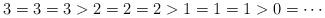
LaTeX: \begin{align*}3 = 3 = 3 > 2 = 2 = 2 > 1 = 1 = 1 > 0 = \cdots\end{align*}